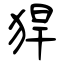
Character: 猂